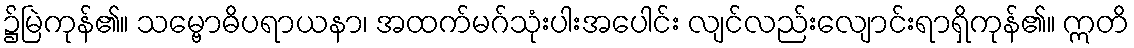
၌မြဲကုန်၏။ သမ္ဗောဓိပရာယနာ၊ အထက်မဂ်သုံးပါးအပေါင်း လျင်လည်းလျောင်းရာရှိကုန်၏။ ဣတိ